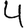
Digit: 4